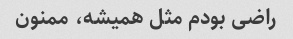
راضی بودم مثل همیشه، ممنون